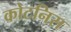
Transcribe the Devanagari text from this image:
कोटनिस